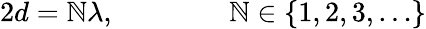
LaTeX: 2d=\mathbb{N}\lambda,\qquad\qquad\mathbb{N}\in\{ 1,2,3,\dots\}